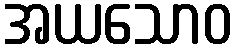
အယသောဝ